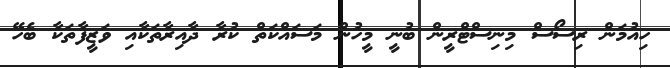
ހިއުމަން ރިސޯސް މިނިސްޓްރީން ބުނީ މީހުން މަސައްކަތް ކުރާ ދާއިރާތަކާއި ވަޒީފާތަކާ ބެހޭ